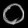
Digit: ၀